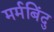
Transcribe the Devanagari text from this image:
मर्मबिंदु